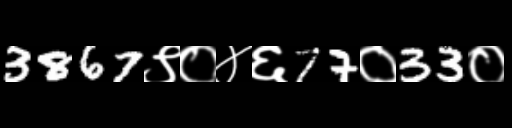
Text: 3867९०४६77०33०